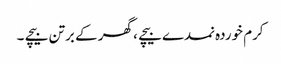
کرم خوردہ نمدے بیچے ، گھر کے برتن بیچے ۔